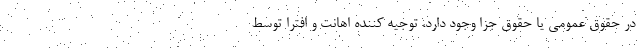
در حقوق عمومی یا حقوق جزا وجود دارد، توجیه کننده اهانت و افترا توسط